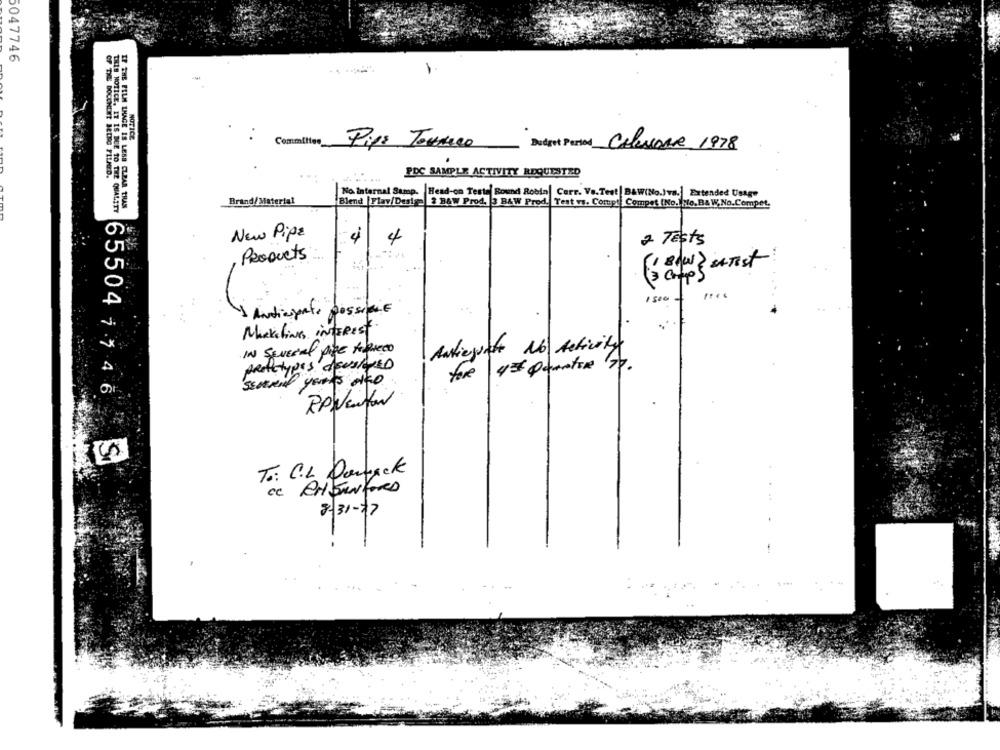
5047746
NOTICE
: Committee
Pips Tourco
Calevane 1978
PDC SAMPLE ACTIVITY REQUESTED
OF THE DOCUMENT BEING FILMED.
No. Internal Samp. Head-on Teste Round Robin Carr. Va.Test B&W(No.Iva.] Extended Usage
Brand/Material
Blend |Flay/Design 2 B&W Prod. 3 B&W Prod. Test vs. Compt Compet (No. No, B& W,No.Compet,
THIS NOTICE, IT IS DUE TO THE QUALITY
IF THE FILM THAGE IS LESS CLEAR THAN
New Pipe
4
4
2 TESTS
Products
1 500
65504
1 Andiegente possibile
Marketing iNTERest.
IN SEVERAL p
Anticipate No Activity
fore 4# Quentin 70.
1.1 4
RPWEntor
S
To: C.L. Danach
8-31-17